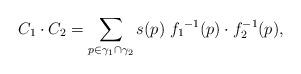
LaTeX: \begin{align*}C_1 \cdot C_2 = \sum_{p \in \gamma_1 \cap \gamma_2}s(p) \; {f_1}^{-1}(p) \cdot f_2^{-1}(p),\end{align*}